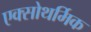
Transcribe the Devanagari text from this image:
एक्सोथर्मिक